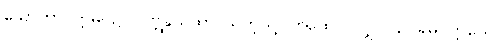
သောတာပတ္တိမဂ်၌။ လဗ္ဘန္တိယထာ၊ သကဲ့သို့။ တထေဝ၊ လျှင်။ ဥပရိမဂ္ဂတ္တယေ၊